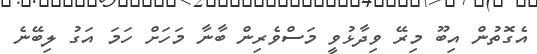
އެގޮތުން އިބޫ މިރޭ ވިދާޅުވީ މަސްވެރިން ބާނާ މަހަށް ހަމަ އަގު ލިބޭނެ